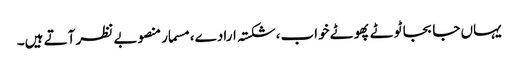
یہاں جا بجا ٹوٹے پھوٹے خواب، شکستہ ارادے، مسمار منصوبے نظر آتے ہیں۔